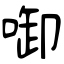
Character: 啣